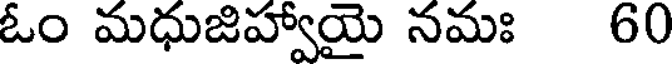
ఓం మధుజిహ్వాయై నమః 60